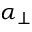
\alpha _ { \perp }